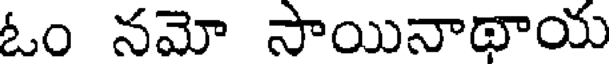
ఓం నమో సాయినాథాయ